Suure-Kopu_vallavalitsus, lk 10
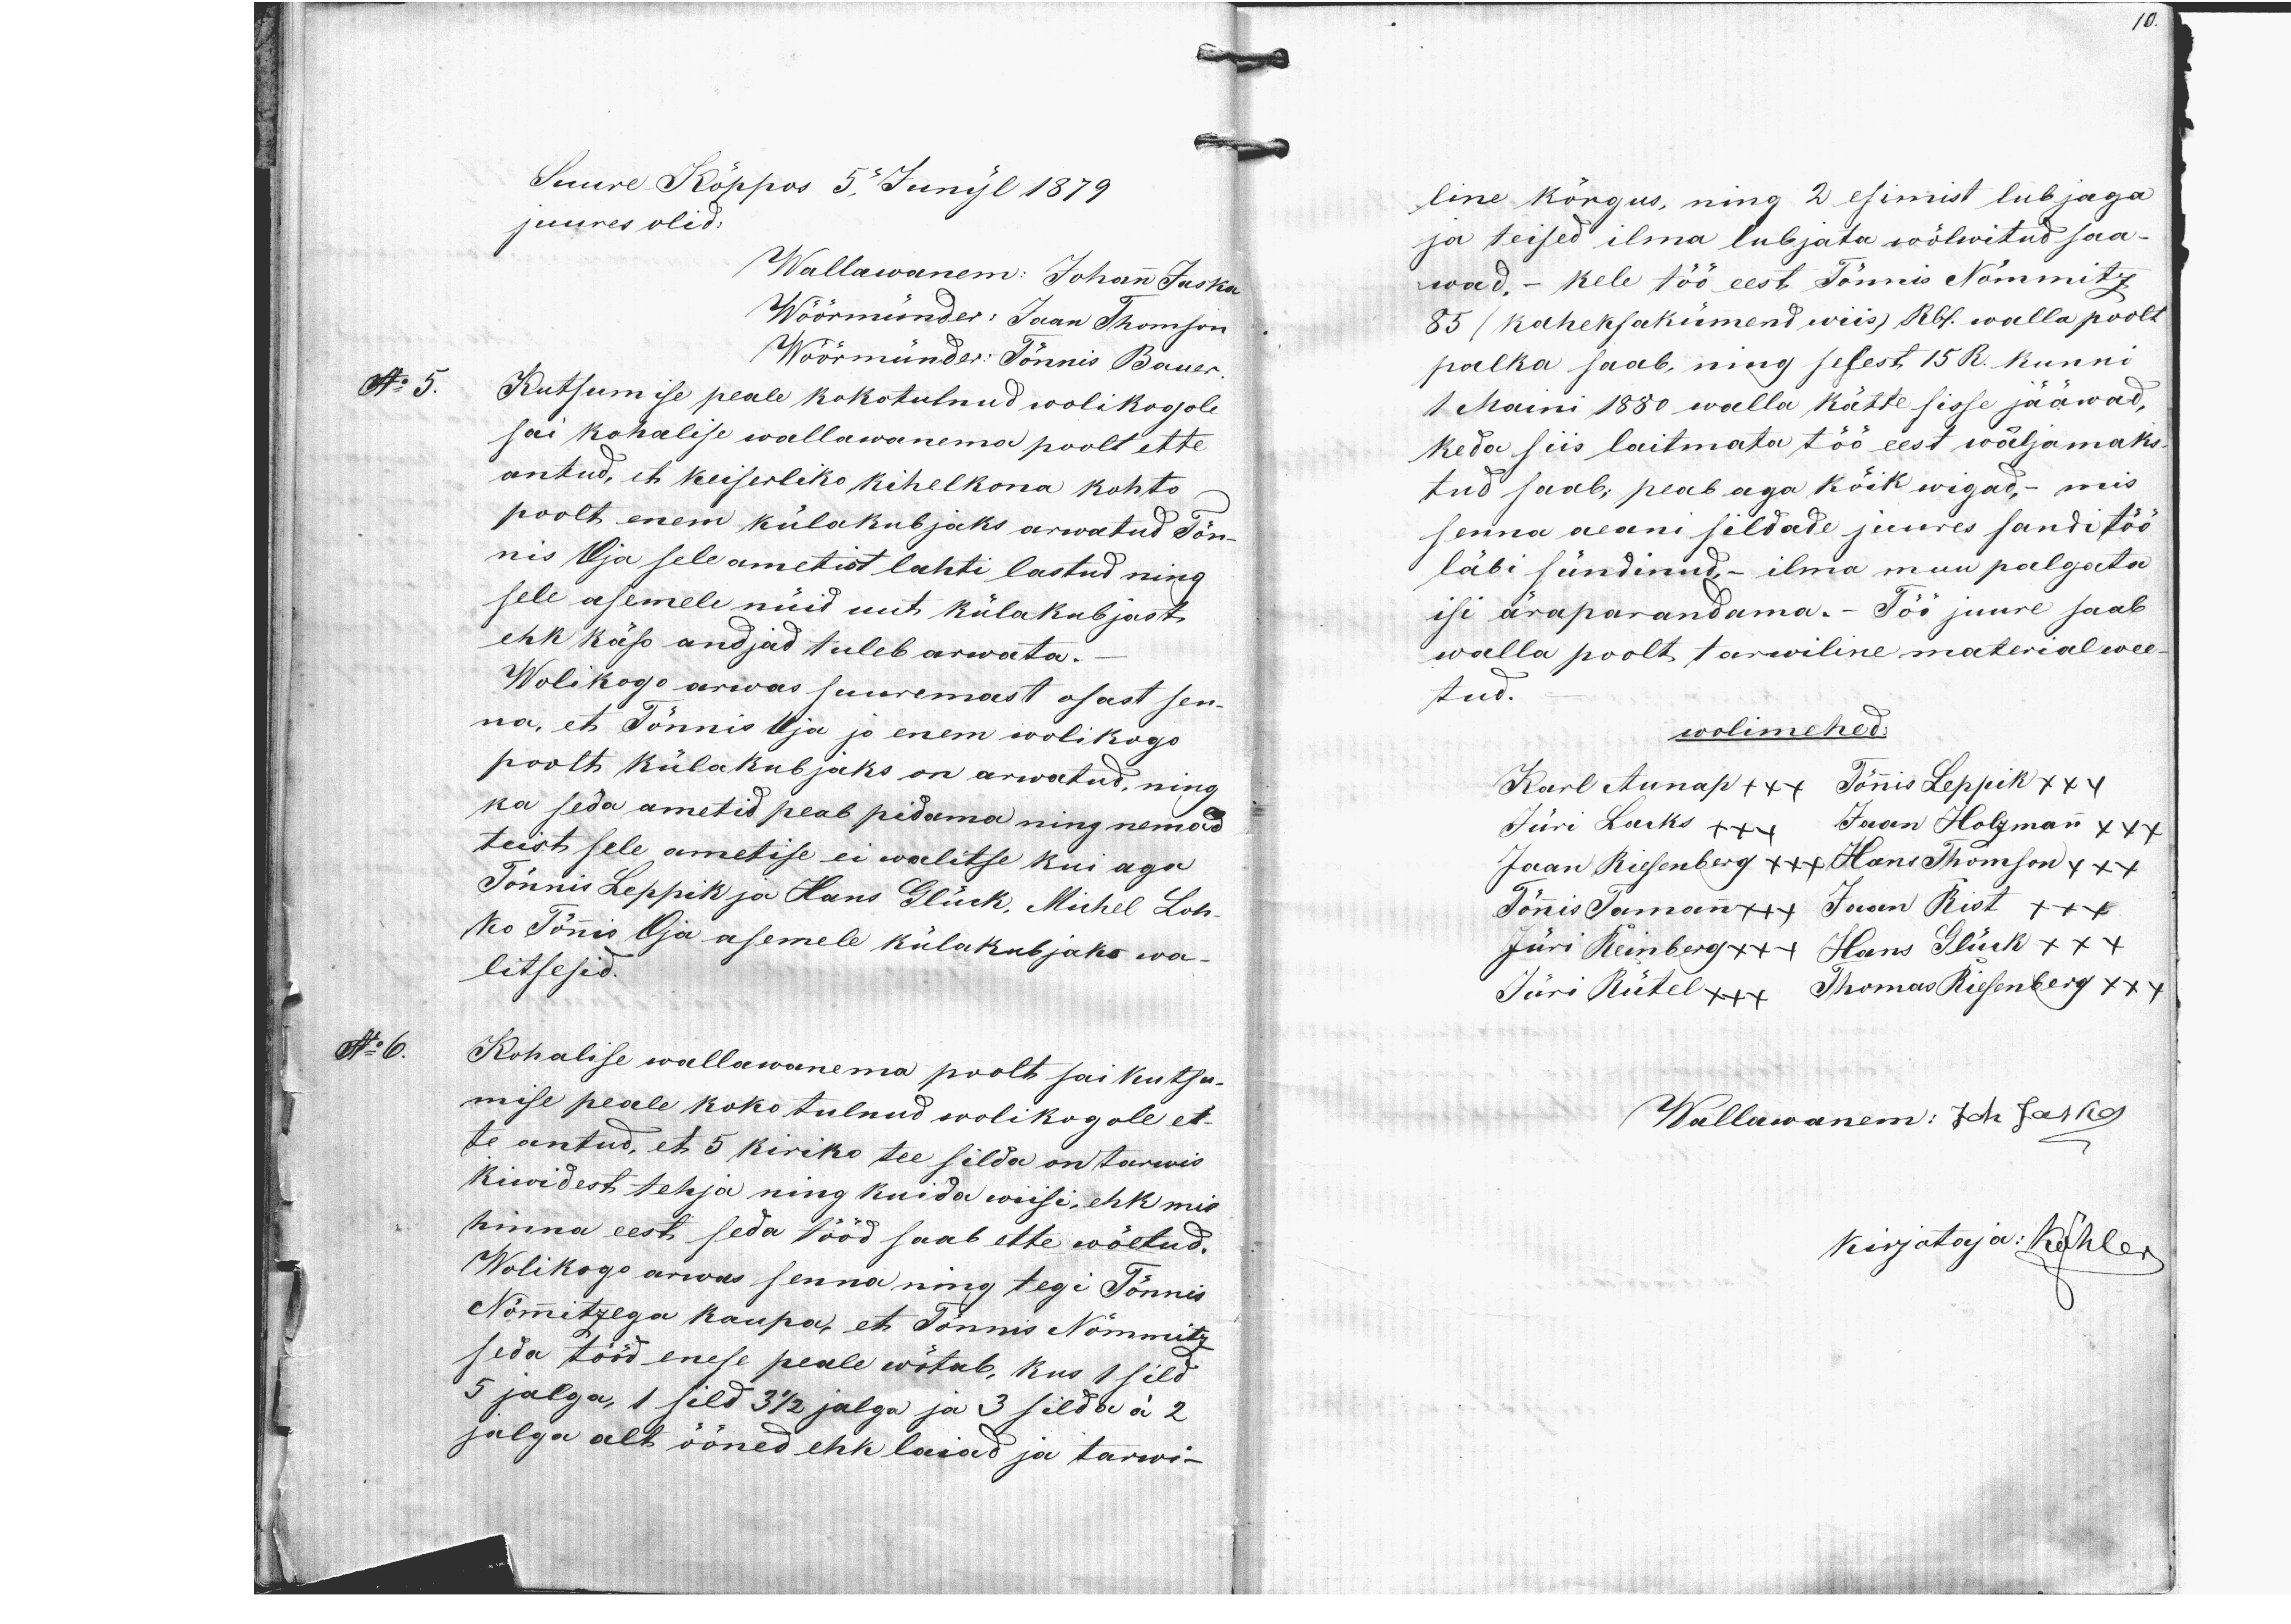
10.

Suure-Kõppos 5 Junijl 1879.
juures olid:
Wallawanem: Johann Jaska
Wöörmünder: Jaan Thomson
Wöörmünder: Tõnnis Bauer
No 5.
5. Kutsumise peale kokotulnud wolikogole
sai kohalise wallawanema poolt ette
antud, et keiserliko kihelkona kohto-
poolt enem külakubjaks arwatud Tõn-
nis Oja sele ametist lahti lastud ning
sele asemele nüid uut külakubjast
ehk käso andjad tuleb arwata.
Wolikogo arwas suuremast osast sen-
na, et Tõnnis Oja ja enem wolikogo
poolt külakubjaks on arwatud, ning
ka seda ametid peab pidama ning nemad
teist sele ametise ei walitse kui aga
Tõnnis Leppik ja Hans Glück, Michel Lok-
ko Tõnnis Oja asemele külakubjaks wa-
litsesid.
Kohalise wallawanema poolt sai kutsu-
mise peale koko tulnud wolikogole et-
te antud, et 5 kiriko tee silda on tarwis
kiwidest tehja ning kuida wiisi, ehk mis
hinna eest seda tööd saab ette wõetud.
Wolikogu arwas senna ning tegi Tõnnis
Nõmmitzega kaupa, et Tõnnis Nõmmitz
seda tööd enese peale wõtab, kus 1 sild
5 jalga, 1 sild 3 1/2 jalga ja 3 silda á 2
jalga alt ööned ehk laiad ja tarwi-

line kõrgus, ning 2 esimist lubjaga
ja teised ilma lubjata wõlwitud saa-
wad, - kele töö eest Tõnnis Nõmmitz
85 ( kaheksakümend wiis) Rbl. walla poolt
palka saab, ning selest 15 R. kunni
1 Maini 1880 walla kätte sisse jääwad,
keda siis laitmata töö eest wäljamaks
tud saab; peab aga kõik wigad, mis
senna aeani sildade juures sandi töö
läbi sündinud, - ilma muu palgata
isi äraparandama.- Töö juure saab
walla poolt tarwiline material wee-
tud.
wolimehed:
Karl Aunap +xx Tõnnis Leppik xxx
Jüri Lacks +++ Jaan Holzmann xxx
Jaan Riesenberg xxx Hans Thomson xxx
Tõnnis Tamann +++ Jaan Rist xxx
Jüri Reinberg xx+ Hans Glück xx+
Jüri Rütel xxx Thomas Riesenberg xxx
Wallawanem: Joh Jaska
kirjotaja: Köhler

No 6.